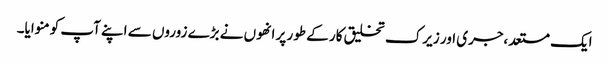
ایک مستعد،جری اور زیرک تخلیق کار کے طور پر انھوں نے بڑے زوروں سے اپنے آپ کو منوایا۔